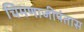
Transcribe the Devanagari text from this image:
चिमणाजीपंतास